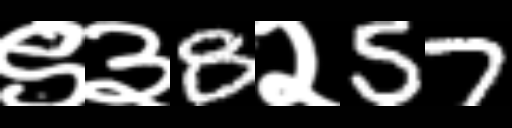
Text: ९३8२57